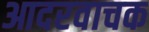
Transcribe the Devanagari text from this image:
आदरवाचक